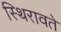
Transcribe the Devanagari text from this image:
स्थिरावते